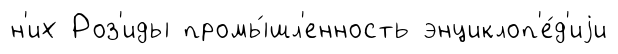
н'их Роз'иды промы́шл'енность энциклоп'е́д'иjи